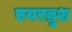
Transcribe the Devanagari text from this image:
एयरब्रुश